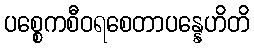
ပစ္စေကစီဝရစေတာပန္နေဟိတိ